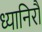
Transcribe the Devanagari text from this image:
ध्यानिरौ